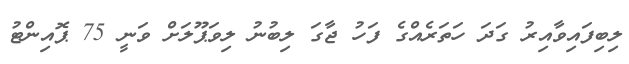
ލިބިފައިވާއިރު ގަދަ ހަތަރެއްގެ ފަހު ޖާގަ ލިބުނު ލިވަޕޫލަށް ވަނީ 75 ޕޮއިންޓު